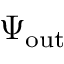
\Psi _ { \mathrm { o u t } }